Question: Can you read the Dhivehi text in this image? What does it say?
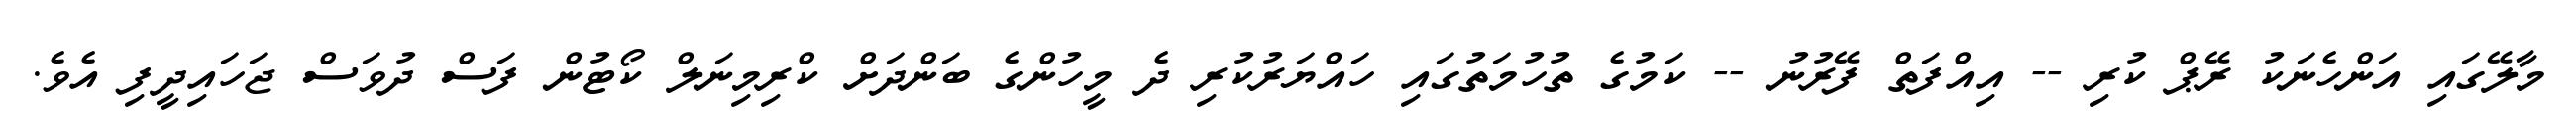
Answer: މާލޭގައި އަންހެނަކު ރޭޕް ކުރި -- އިއްފަތް ފޭރުނު -- ކަމުގެ ތުހުމަތުގައި ހައްޔަރުކުރި ދެ މީހުންގެ ބަންދަށް ކްރިމިނަލް ކޯޓުން ފަސް ދުވަސް ޖަހައިދީފި އެވެ.